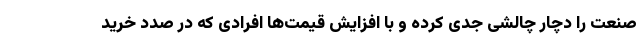
صنعت را دچار چالشی جدی کرده و با افزایش قیمت‌ها افرادی که در صدد خرید